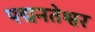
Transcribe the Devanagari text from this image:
पद्मनतेश्वर